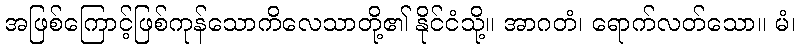
အဖြစ်ကြောင့်ဖြစ်ကုန်သောကိလေသာတို့၏ နိုင်ငံသို့။ အာဂတံ၊ ရောက်လတ်သော။ မံ၊